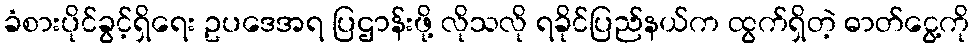
ခံစားပိုင်ခွင့်ရှိရေး ဥပဒေအရ ပြဌာန်းဖို့ လိုသလို ရခိုင်ပြည်နယ်က ထွက်ရှိတဲ့ ဓာတ်ငွေ့ကို